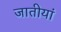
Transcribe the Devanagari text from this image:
जातीयां